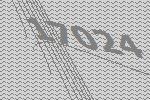
17024